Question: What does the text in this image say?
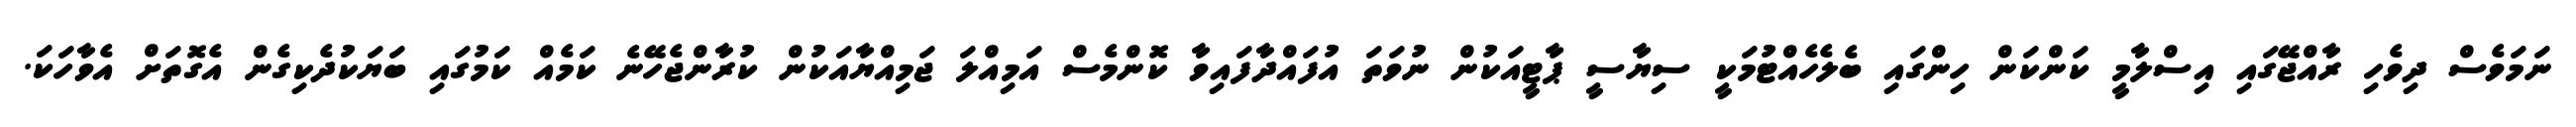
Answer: ނަމަވެސް ދިވެހި ރާއްޖޭގައި އިސްލާމީ ކަންކަން ހިންގައި ބެލެހެއްޓުމަކީ ސިޔާސީ ޕާޓީއަކުން ނުވަތަ އުފައްދާފައިވާ ކޮންމެސް އަމިއްލަ ޖަމިއްޔާއަކުން ކުރާންޖެހޭނެ ކަމެއް ކަމުގައި ބަޔަކުދެކިގެން އެގޮތަށް އެވާހަކަ.